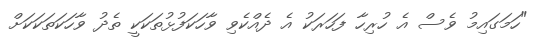
"ހަމަގައިމު ވެސް އެ ހުރިހާ ފަހަރަކު އެ ދެއްކެވި ވާހަކަފުޅުތަކަކީ ތެދު ވާހަކަތަކަކަށް